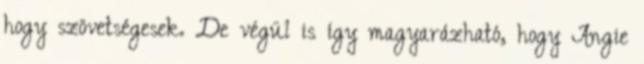
hogy szövetségesek. De végül is így magyarázható, hogy Angie